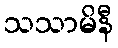
သသာမိနီ